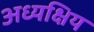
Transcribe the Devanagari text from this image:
अध्यक्षिय